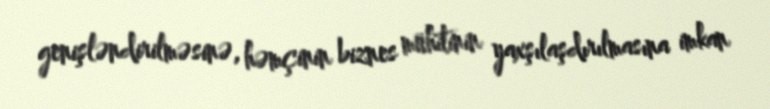
genişləndirilməsinə, həmçinin biznes mühitinin yaxşılaşdırılmasına imkan